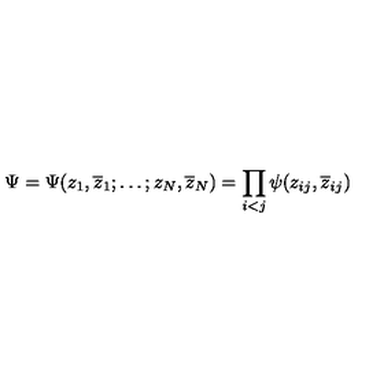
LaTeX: \Psi = \Psi ( z _ { 1 } , \overline { { z } } _ { 1 } ; \ldots ; z _ { N } , \overline { { z } } _ { N } ) = \prod _ { \scriptstyle i < j } \psi ( z _ { i j } , \overline { { z } } _ { i j } )